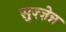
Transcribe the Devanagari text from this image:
सुज़्ज़ेन्न